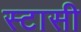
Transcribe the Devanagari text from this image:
स्टासी